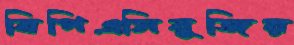
বিপিএসিবুজিয়